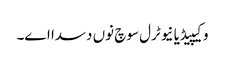
وکیپیڈیا نیوٹرل سوچ نوں دسدا اے۔